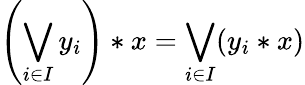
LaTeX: \left(\bigvee_{i\in I}{y_{i}}\right)*{x}=\bigvee_{i\in I}(y_{i}*x)